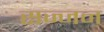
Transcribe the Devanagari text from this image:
सज्‍जन